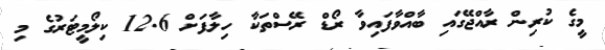
މީގެ ކުރިން ރާއްޖޭގައި ބާއްވާފައިވާ ރޯޑް ރޭސްތަކާ ހިލާފަށް 12.6 ކިލޯމީޓަރުގެ މި